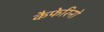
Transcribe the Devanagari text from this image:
कैफेरिनो